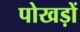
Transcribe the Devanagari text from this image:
पोखड़ों